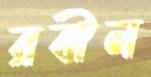
রবীন